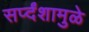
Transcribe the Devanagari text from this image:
सर्प्दंशामुळे